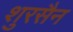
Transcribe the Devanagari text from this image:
शुरसैन